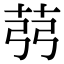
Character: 𦭲